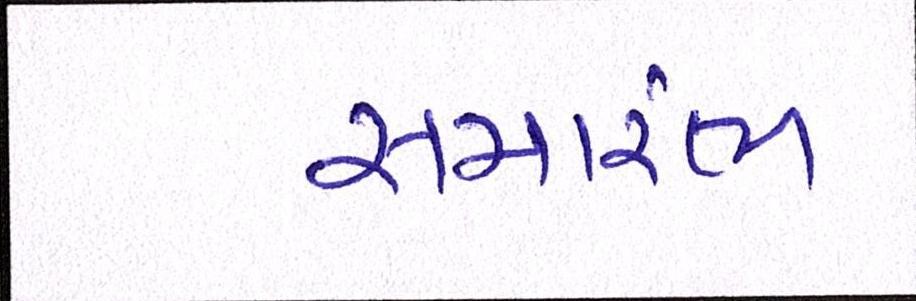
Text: સમાંરભ